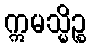
ဣမသ္မိဉ္စ